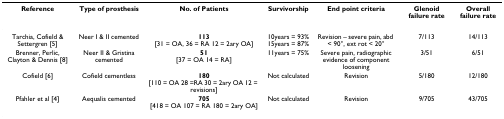
<table><thead><tr><td><b>Reference</b></td><td><b>Type of prosthesis</b></td><td><b>No. of Patients</b></td><td><b>Survivorship</b></td><td><b>End point criteria</b></td><td><b>Glenoid failure rate</b></td><td><b>Overall failure rate</b></td></tr></thead><tbody><tr><td>Tarchia, Cofield &amp; Settergren [5]</td><td>Neer I &amp; II cemented</td><td><b>113</b>[31 = OA, 36 = RA 12 = 2ary OA]</td><td>10years = 93%15years = 87%</td><td>Revision – severe pain, abd &lt; 90°, ext rot &lt; 20°</td><td>7/113</td><td>14/113</td></tr><tr><td>Brenner, Perlic, Clayton &amp; Dennis [8]</td><td>Neer II &amp; Gristina cemented</td><td><b>51</b>[37 = OA 14 = RA]</td><td>11years = 75%</td><td>Severe pain, radiographic evidence of component loosening</td><td>3/51</td><td>6/51</td></tr><tr><td>Cofield [6]</td><td>Cofield cementless</td><td><b>180</b>[110 = OA 28 =RA 30 = 2ary OA 12 = revisions]</td><td>Not calculated</td><td>Revision</td><td>5/180</td><td>12/180</td></tr><tr><td>Pfahler et al [4]</td><td>Aequalis cemented</td><td><b>705</b>[418 = OA 107 = RA 180 = 2ary OA]</td><td>Not calculated</td><td>Revision</td><td>9/705</td><td>43/705</td></tr></tbody></table>